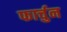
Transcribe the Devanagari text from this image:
फार्चुन